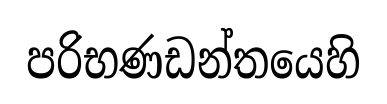
පරිභණඩන්තයෙහි